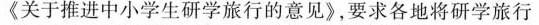
《关于推进中小学生研学旅行的意见》，要求各地将研学旅行